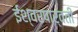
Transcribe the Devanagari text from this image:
ईश्वरपार्वती